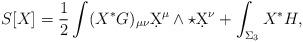
LaTeX: \begin{align*}S[X]=\frac{1}{2}\int (X^*G)_{\mu\nu}\d X^\mu\wedge\star \d X^\nu+\int_{\Sigma_3}X^*H,\end{align*}